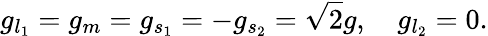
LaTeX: g_{l_{1}}=g_{m}=g_{s_{1}}=-g_{s_{2}}=\sqrt 2g,\quad g_{l_{2}}=0.